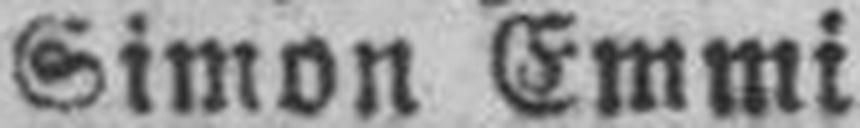
Simon Emmi